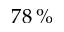
7 8 \, \%